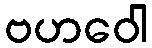
ဗဟဝေါ